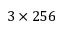
3 \times 2 5 6